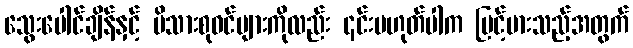
သွေးပေါင်ချိန်နှင့် မိသားစုဝင်များကိုလည်း ၎င်းမဟုတ်ပါက မြင့်မားသည့်အတွက်